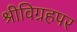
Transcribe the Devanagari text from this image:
श्रीविग्रहपर